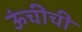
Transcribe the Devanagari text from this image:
ऊंचीची